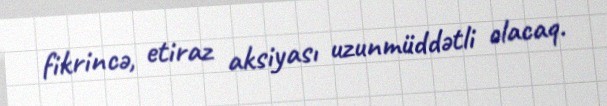
fikrincə, etiraz aksiyası uzunmüddətli olacaq.